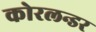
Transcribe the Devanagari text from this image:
कोरलन्डर